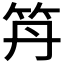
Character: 𥫼